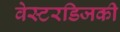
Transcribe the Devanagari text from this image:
वेस्टरडिजकी